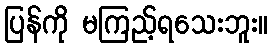
ပြန်ကို မကြည့်ရသေးဘူး။